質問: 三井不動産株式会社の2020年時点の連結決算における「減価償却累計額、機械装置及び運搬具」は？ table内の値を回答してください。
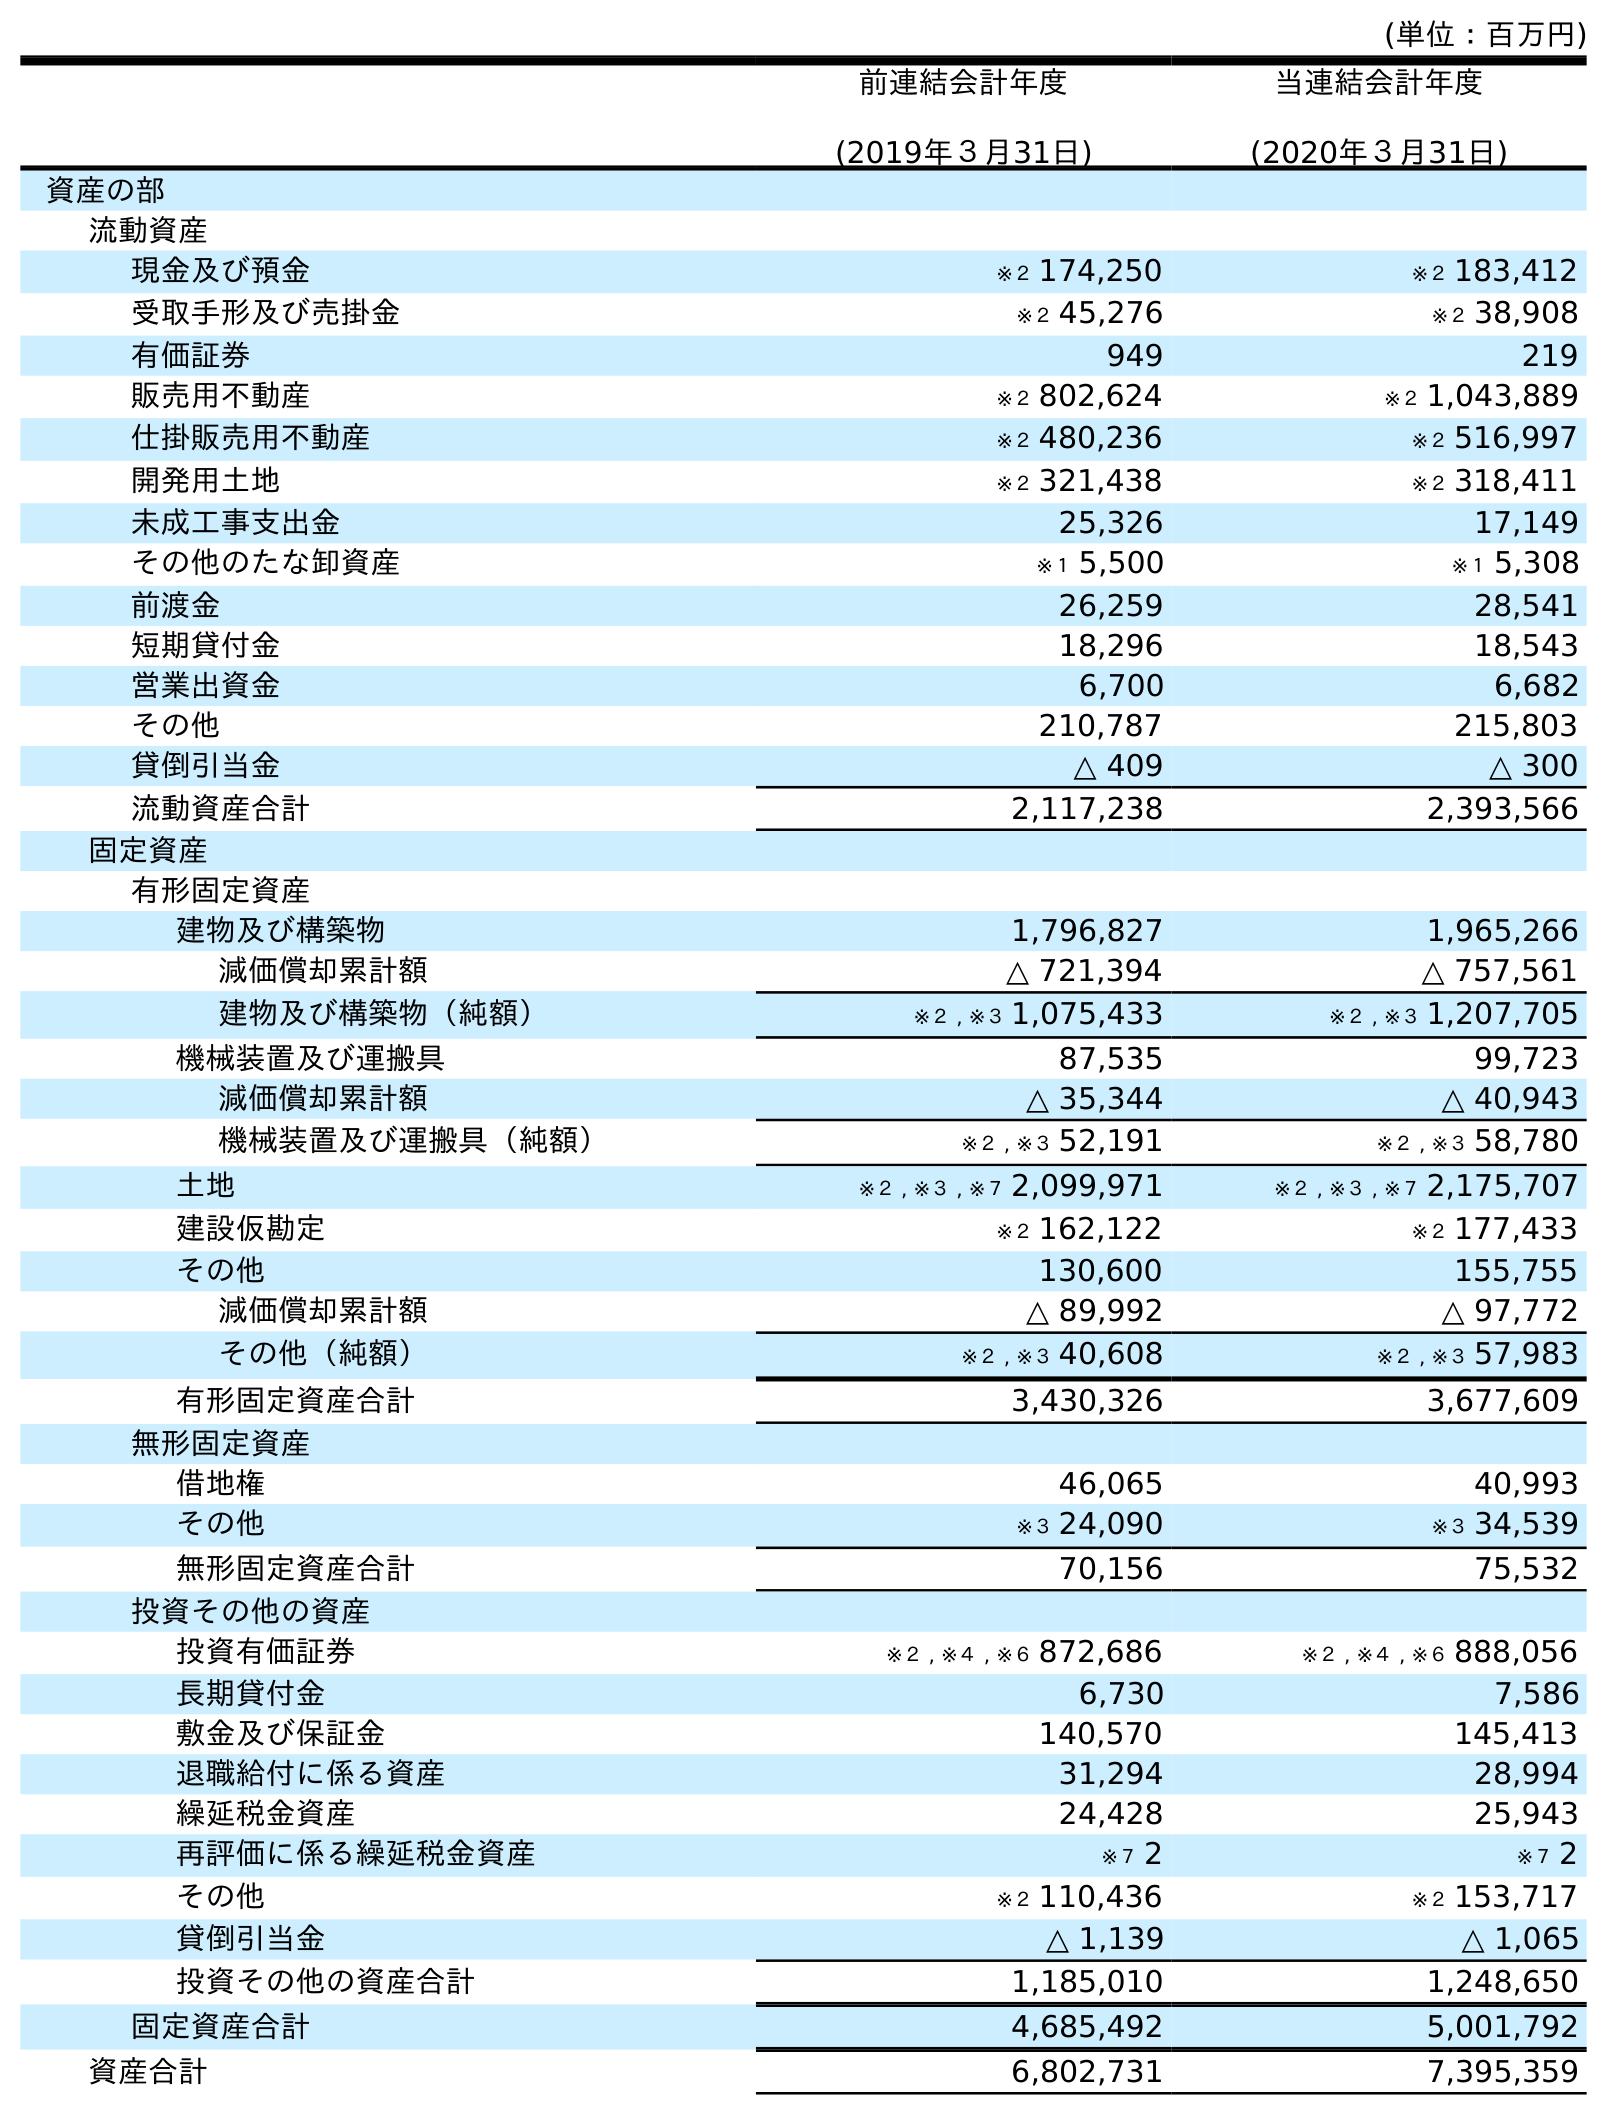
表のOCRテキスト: (単位：百万円) 前連結会計年度 (2019年３月31日) 当連結会計年度 (2020年３月31日) 資産の部 流動資産 現金及び預金 ※２ 174,250 ※２ 183,412 受取手形及び売掛金 ※２ 45,276 ※２ 38,908 有価証券 949 219 販売用不動産 ※２ 802,624 ※２ 1,043,889 仕掛販売用不動産 ※２ 480,236 ※２ 516,997 開発用土地 ※２ 321,438 ※２ 318,411 未成工事支出金 25,326 17,149 その他のたな卸資産 ※１ 5,500 ※１ 5,308 前渡金 26,259 28,541 短期貸付金 18,296 18,543 営業出資金 6,700 6,682 その他 210,787 215,803 貸倒引当金 △ 409 △ 300 流動資産合計 2,117,238 2,393,566 固定資産 有形固定資産 建物及び構築物 1,796,827 1,965,266 減価償却累計額 △ 721,394 △ 757,561 建物及び構築物（純額） ※２ , ※３ 1,075,433 ※２ , ※３ 1,207,705 機械装置及び運搬具 87,535 99,723 減価償却累計額 △ 35,344 △ 40,943 機械装置及び運搬具（純額） ※２ , ※３ 52,191 ※２ , ※３ 58,780 土地 ※２ , ※３ , ※７ 2,099,971 ※２ , ※３ , ※７ 2,175,707 建設仮勘定 ※２ 162,122 ※２ 177,433 その他 130,600 155,755 減価償却累計額 △ 89,992 △ 97,772 その他（純額） ※２ , ※３ 40,608 ※２ , ※３ 57,983 有形固定資産合計 3,430,326 3,677,609 無形固定資産 借地権 46,065 40,993 その他 ※３ 24,090 ※３ 34,539 無形固定資産合計 70,156 75,532 投資その他の資産 投資有価証券 ※２ , ※４ , ※６ 872,686 ※２ , ※４ , ※６ 888,056 長期貸付金 6,730 7,586 敷金及び保証金 140,570 145,413 退職給付に係る資産 31,294 28,994 繰延税金資産 24,428 25,943 再評価に係る繰延税金資産 ※７ 2 ※７ 2 その他 ※２ 110,436 ※２ 153,717 貸倒引当金 △ 1,139 △ 1,065 投資その他の資産合計 1,185,010 1,248,650 固定資産合計 4,685,492 5,001,792 資産合計 6,802,731 7,395,359
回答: △40,943